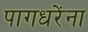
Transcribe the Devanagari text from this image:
पागधरेंना